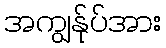
အကျွန်ုပ်အား